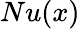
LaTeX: Nu(x)